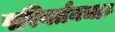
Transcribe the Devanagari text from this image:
परिवर्तनचक्र